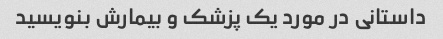
داستانی در مورد یک پزشک و بیمارش بنویسید